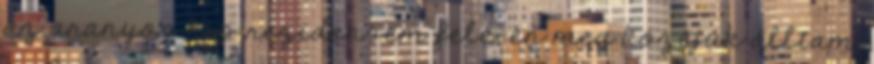
az aranyos kis rezidensem felé, én meg közéjük álltam,